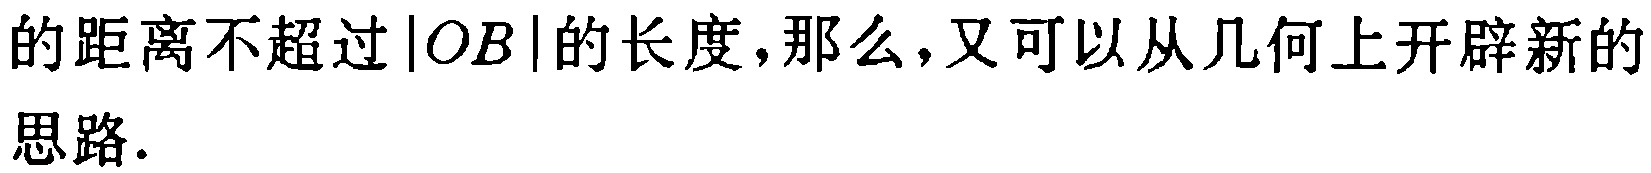
的距离不超过\(|OB|\)的长度,那么,又可以从几何上开辟新的
思路.